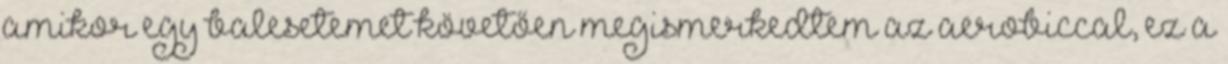
amikor egy balesetemet követően megismerkedtem az aerobiccal, ez a